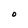
Character: O